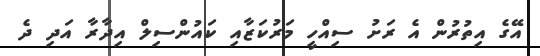
އޭގެ އިތުރުން އެ ރަށު ސިއްހީ މަރުކަޒާއި ކައުންސިލް އިދާރާ އަދި ދެ